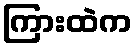
ကြားထဲက